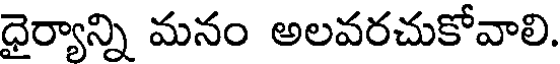
ధైర్యాన్ని మనం అలవరచుకోవాలి.